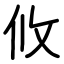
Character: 攸